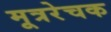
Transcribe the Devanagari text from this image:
मूत्ररेचक